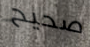
صحيح